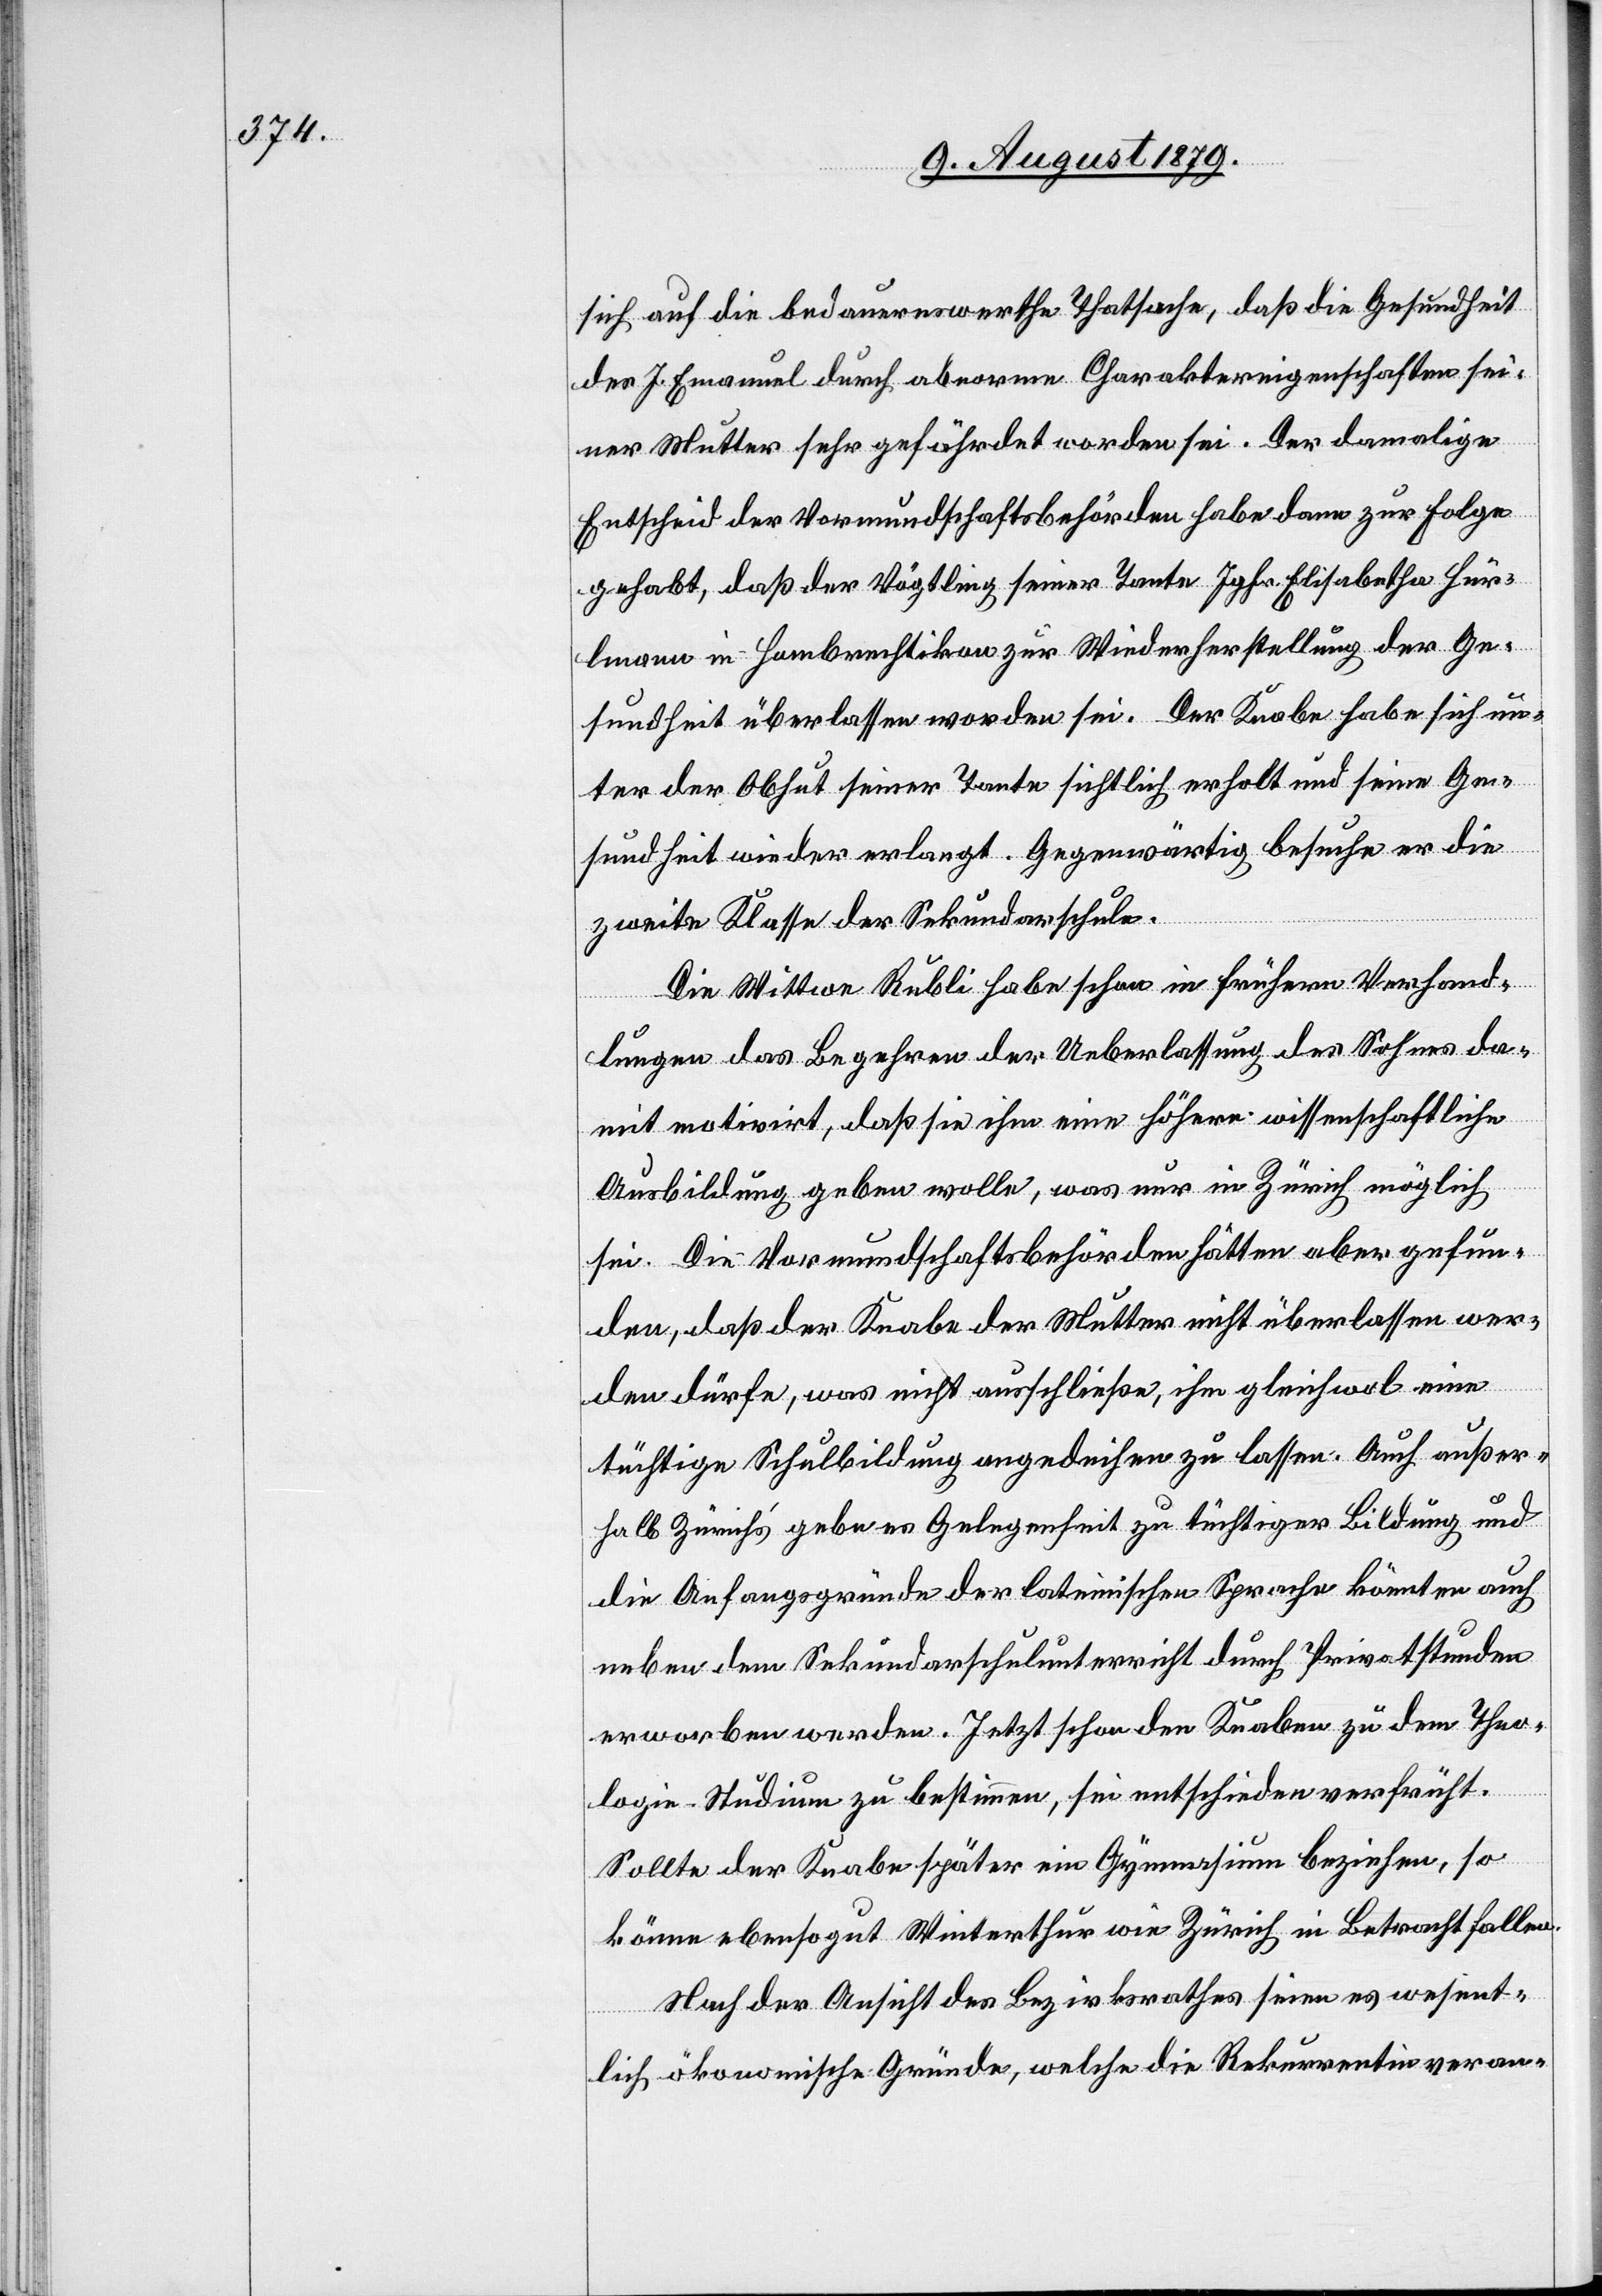
nn
sich auf bedauernswerthe Thatsache, daß die Gesundheit
des J. Emanuel durch abnorme Charaktereigenschaften sei¬
ner Mutter sehr gefährdet worden sei. Der damalige
Entscheid der Vormundschaftsbehörde habe dann zur Folge
gehabt, daß der Vögtling seiner Tante Jgfr. Elisabetha Hür¬
[sic!] in Hombrechtikon zur Wiederherstellung der Ge¬
sundheit überlassen worden sei. Der Knabe habe sich un¬
ter der Obhut seiner Tante hinsichtlich erholt und seine Ge¬
sundheit wieder erlangt. Gegenwärtig besuche er die
zweite Klasse der Sekundarschule.
Die Wittwe Rubli habe schon in frühern Verhand¬
lungen das Begehren der Ueberlassung des Sohnes da¬
mit motivirt, daß sie ihm eine höhere wissenschaftliche
Ausbildung geben wolle, was nur in Zürich möglich
sei. Die Vormundschaftsbehörden hätten aber gefun¬
den, daß der Knabe der Mutter nicht überlassen wer¬
den dürfe, was nicht ausschließe, ihm gleichwol eine
tüchtige Schulbidung angedeihen zu lassen. Auch außer¬
halb Zürich’s gebe es Gelegenheit zu tüchtiger Bildung und
die Anfangsgründe der lateinischen Sprache könnten auch
neben dem Sekundarschulunterricht durch Privatstunden
erworben werden. Jetzt schon den Knaben zu dem Theo¬
logie-Studium zu bestimmen, sei entschieden verfrüht.
Sollte der Knabe später ein Gymansium beziehen, so
könne ebenso gut Winterthur wie Zürich in Betracht fallen.
Nach der Ansicht des Bezirksrathes seien es wesent¬
lich ökonomische Gründe, welche die Rekurrentin veran-